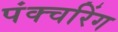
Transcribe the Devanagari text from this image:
पंक्चरिंग